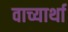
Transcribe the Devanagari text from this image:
वाच्यार्था